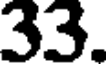
33.